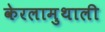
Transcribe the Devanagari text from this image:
केरलामुथाली